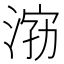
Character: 𱦿